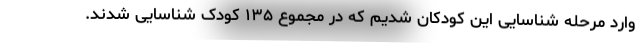
وارد مرحله شناسایی این کودکان شدیم که در مجموع ۱۳۵ کودک شناسایی شدند.